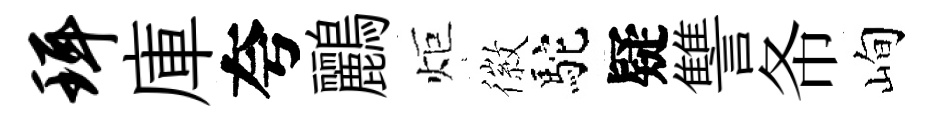
珥庫夸鸝炬徽駝疑讐𢁙峋